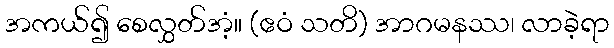
အကယ်၍ စေလွှတ်အံ့။ (ဧဝံ သတိ) အာဂမနဿ၊ လာခဲ့ရာ